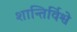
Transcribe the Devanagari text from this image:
शान्तिर्विश्वे